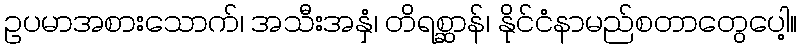
ဥပမာအစားသောက်၊ အသီးအနှံ၊ တိရစ္ဆာန်၊ နိုင်ငံနာမည်စတာတွေပေါ့။